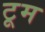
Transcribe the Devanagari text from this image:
टूम